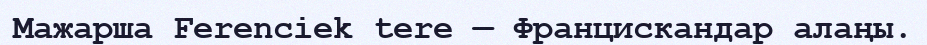
Мажарша Ferenciek tere — Францискандар алаңы.